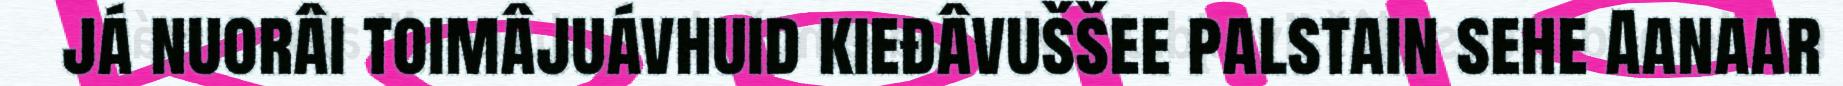
já nuorâi toimâjuávhuid kieđâvuššee palstain sehe Aanaar